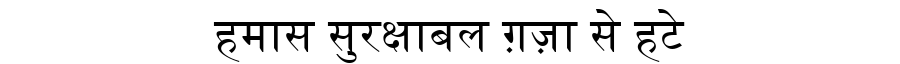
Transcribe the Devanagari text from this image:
हमास सुरक्षाबल ग़ज़ा से हटे